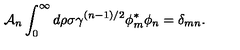
{ \cal A } _ { n } \int _ { 0 } ^ { \infty } d \rho \sigma \gamma ^ { ( n - 1 ) / 2 } \phi _ { m } ^ { \ast } \phi _ { n } = \delta _ { m n } .